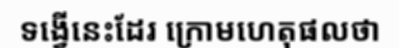
ទង្វើនេះដែរ ក្រោមហេតុផលថា